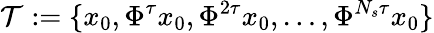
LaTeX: \mathcal{T}:=\{ x_{0},\Phi^{\tau}x_{0},\Phi^{2\tau}x_{0},\ldots,\Phi^{N_{s}\tau}x_{0}\}